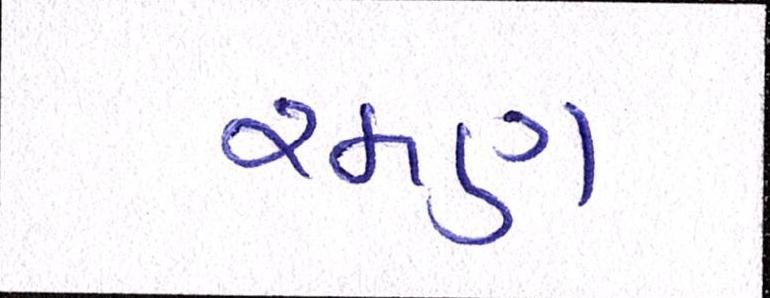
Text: રમણ